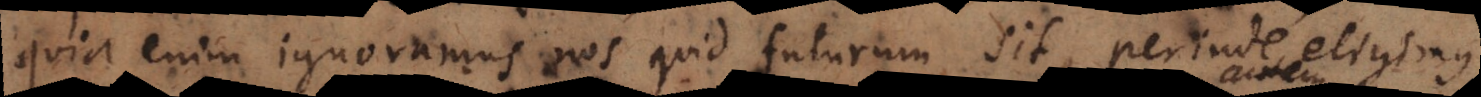
quia enim ignoramus nos quid futurum sit, perinde eligimus